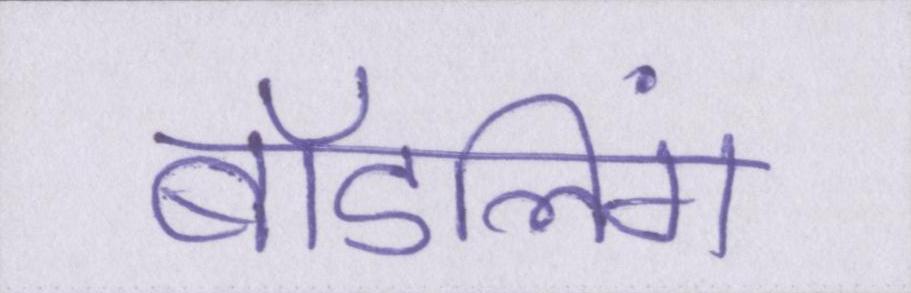
बॉडलिंग